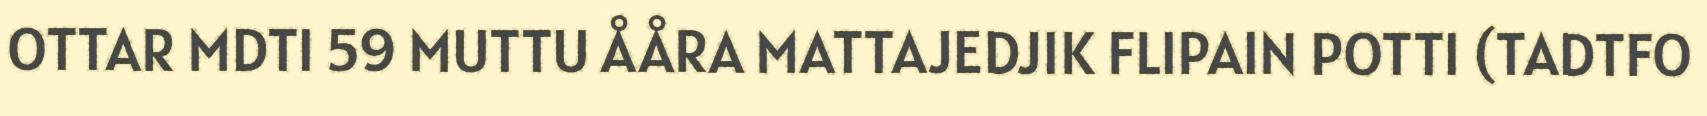
OTTAR MDTI 59 MUTTU ÅÅRA MATTAJEDJIK FLIPAIN POTTI (TADTFO